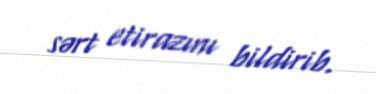
sərt etirazını bildirib.